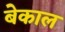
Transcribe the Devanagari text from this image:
बेकाल